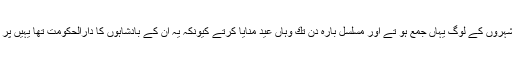
ہر مہینے ان كا یہى طریقہ كار تھا چنانچہ جب ”اسفند ”كى ابادى اتى تو تمام بارہ شہروں كے لوگ یہاں جمع ہو تے اور مسلسل بارہ دن تك وہاں عید منایا كرتے كیونكہ یہ ان كے بادشاہوں كا دارالحكومت تھا یہیں پر وہ مقدور بھر قربانى بھى كیا كرتے اور درخت كے اگے سجدے بھى كیا كرتے ۔